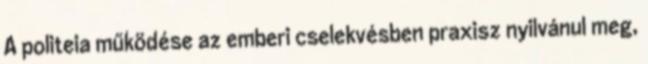
A politeia működése az emberi cselekvésben praxisz nyilvánul meg,